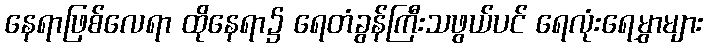
နေရာဖြစ်လေရာ ထိုနေရာ၌ ရေတံခွန်ကြီးသဖွယ်ပင် ရေလုံးရေမွှာများ